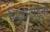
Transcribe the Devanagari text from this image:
बिज़ेन्टाईनों